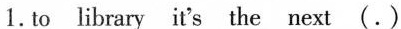
1.to library it's the next (.)